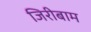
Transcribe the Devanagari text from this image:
जिरीबाम